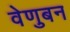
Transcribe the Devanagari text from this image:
वेणुबन